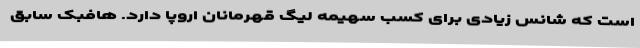
است که شانس زیادی برای کسب سهیمه لیگ قهرمانان اروپا دارد. هافبک سابق